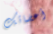
أعضائك